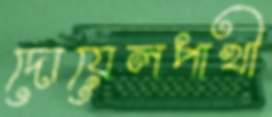
দোয়েলপাখী